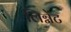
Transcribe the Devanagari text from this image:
लिग्नेंट